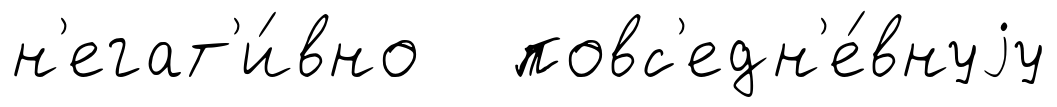
н'егат'и́вно повс'едн'е́внуjу